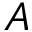
A